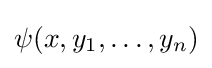
\psi (x,y_{1},\dots ,y_{n})